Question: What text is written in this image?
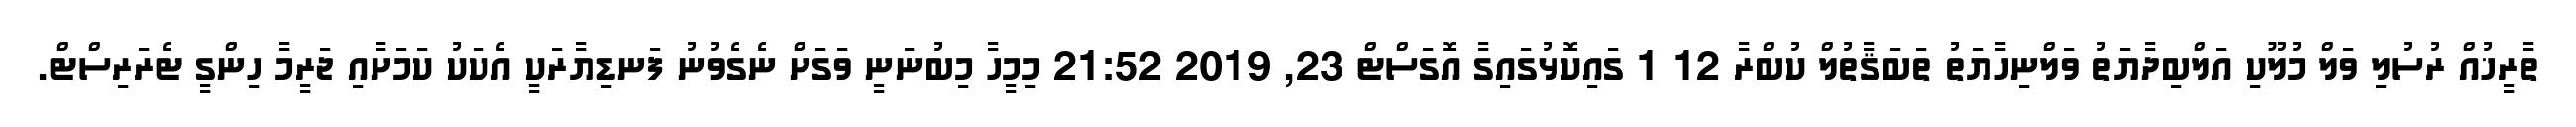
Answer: ތާރީޚުއް ރުސުލި ވަލް މުލޫކި އަލްބިދާޔަތު ވަލްނިހާޔަތު ތަބަޤާތުލް ކުބްރާ 12 1 ގައިކޮޅުގައިގާ އޮގަސްޓް 23, 2019 21:52 މިމީހާ މިބުނަނީ ވަގަށް ނެގެވުނު ފަނޑިޔާރަކީ އެކަކު ކަމަށާއި ޖަރީމާ ހިންގީ ޓެރަރިސްޓް.